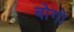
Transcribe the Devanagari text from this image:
बोगो